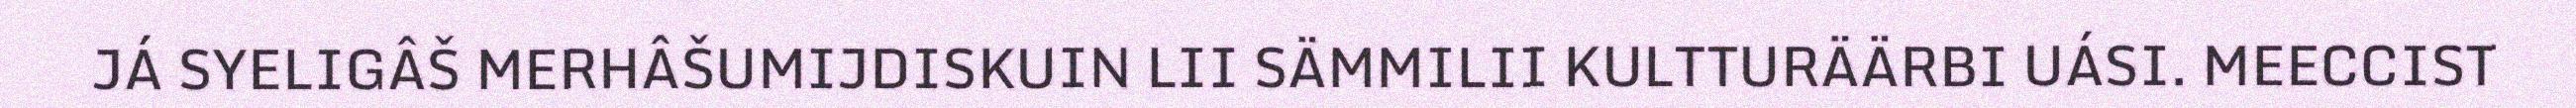
JÁ SYELIGÂŠ MERHÂŠUMIJDISKUIN LII SÄMMILII KULTTURÄÄRBI UÁSI. MEECCIST